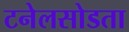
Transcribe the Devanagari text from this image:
टनेलसोडता